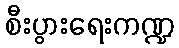
စီးပွားရေးကဏ္ဍ